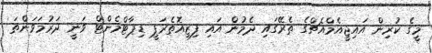
މީގެ ކުރިން އައިޖީއެމްއެޗްގެ ތެރޭގައި ދެމުން އައި ފިޒިއޮތެރަޕީ ޑިޕާޓްމެންޓް ވަނީ ދަރުމަވަންތަ